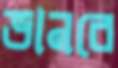
ভানবে